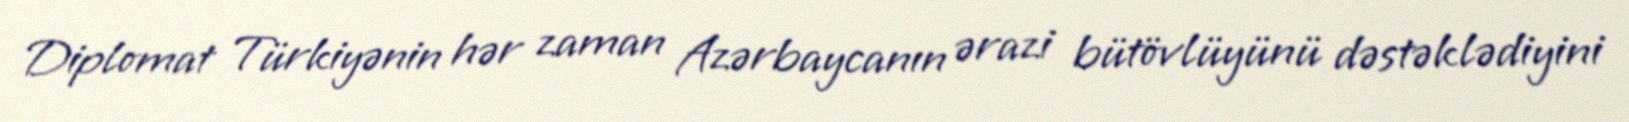
Diplomat Türkiyənin hər zaman Azərbaycanın ərazi bütövlüyünü dəstəklədiyini